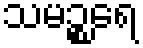
သမဉ္စရေ